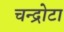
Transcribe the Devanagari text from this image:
चन्द्रोटा